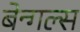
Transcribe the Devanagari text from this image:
बेन्गल्स